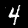
Digit: 4